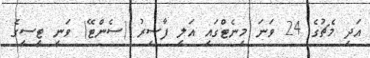
އަދި މެޗުގެ 24 ވަނަ މިނެޓްގައި އަލީ ފާސިރު (ސެންޓޭ) ވަނީ ޓީސީގެ